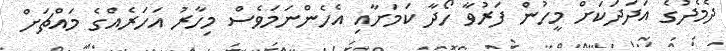
ދެމެދުގެ އަދަދަކަށް މީހުން ފަރުވާ ހޯދާ ކަަމަށާއި އެހެންނަމަވެސް މިހާރު އަހަރެއްގެ މައްޗަށް